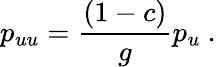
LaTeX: p_{uu}={\frac{(1-c)}{g}}p_{u}\ .